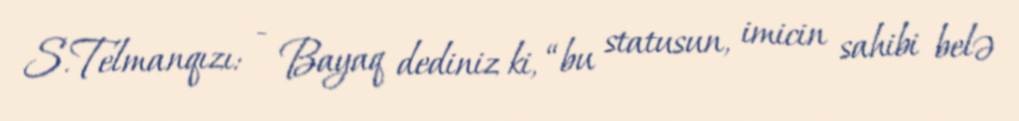
S.Telmanqızı: - Bayaq dediniz ki, “bu statusun, imicin sahibi belə